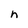
Character: n